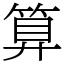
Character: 算